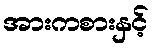
အားကစားနှင့်